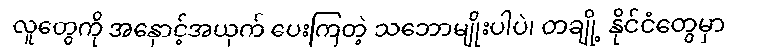
လူတွေကို အနှောင့်အယှက် ပေးကြတဲ့ သဘောမျိုးပါပဲ၊ တချို့ နိုင်ငံတွေမှာ